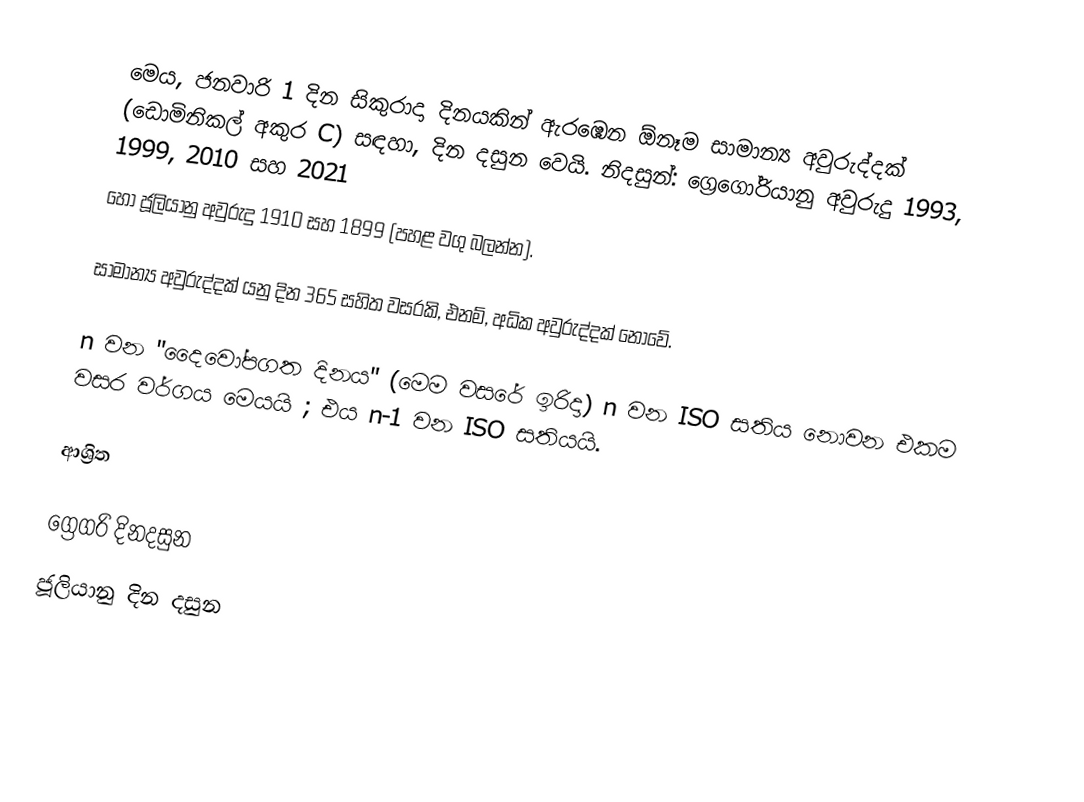
මෙය, ජනවාරි 1 දින සිකුරාදා දිනයකින් ඇරඹෙන ඕනෑම  සාමාන්‍ය අවුරුද්දක්  (ඩොමිනිකල් අකුර C) සඳහා,  දින දසුන වෙයි. නිදසුන්: ග්‍රෙගෝරියානු අවුරුදු 1993, 1999, 2010 සහ 2021
හෝ ජූලියානු අවුරුදු 1910 සහ 1899 (පහළ වගු බලන්න).

සාමාන්‍ය අවුරුද්දක් යනු දින 365 සහිත වසරකි, එනම්, අධික අවුරුද්දක් නොවේ.

n වන "දෛවෝපගත දිනය" (මෙම වසරේ ඉරිදා) n වන ISO සතිය නොවන එකම වසර වර්ගය මෙයයි ; එය  n-1 වන ISO සතියයි.

ආශ්‍රිත

ග්‍රෙගරි දිනදසුන
ජූලියානු දින දසුන